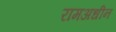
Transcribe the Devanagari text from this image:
रामअधीन